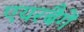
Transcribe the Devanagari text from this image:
एयरबैगें